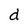
Character: d